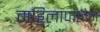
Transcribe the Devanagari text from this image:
मड्डिलापालेम